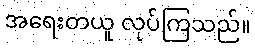
အရေးတယူ လုပ်ကြသည်။